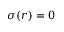
\sigma ( r ) = 0